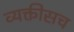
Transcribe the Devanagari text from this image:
व्यक्तीसच